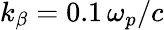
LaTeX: k_{\beta}=0.1\, \omega_{p}/c